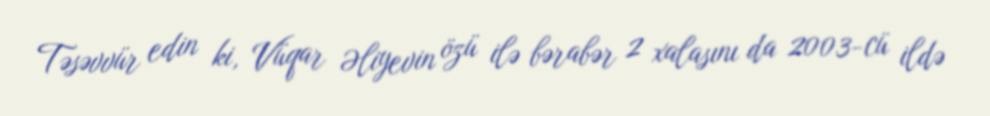
Təsəvvür edin ki, Vüqar Əliyevin özü ilə bərabər 2 xalasını da 2003-cü ildə